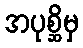
အပုစ္ဆိမှ